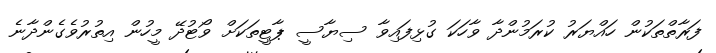
ފަރާތްތަކުން ހައްޔަރު ކުރަމުންދާ ވާހަކަ ގުޅިފައިވާ ސިޔާސީ ޕާޓީތަކަށް ވޯޓުދޭ މީހުން އިތުރުވެގެންދާނެ